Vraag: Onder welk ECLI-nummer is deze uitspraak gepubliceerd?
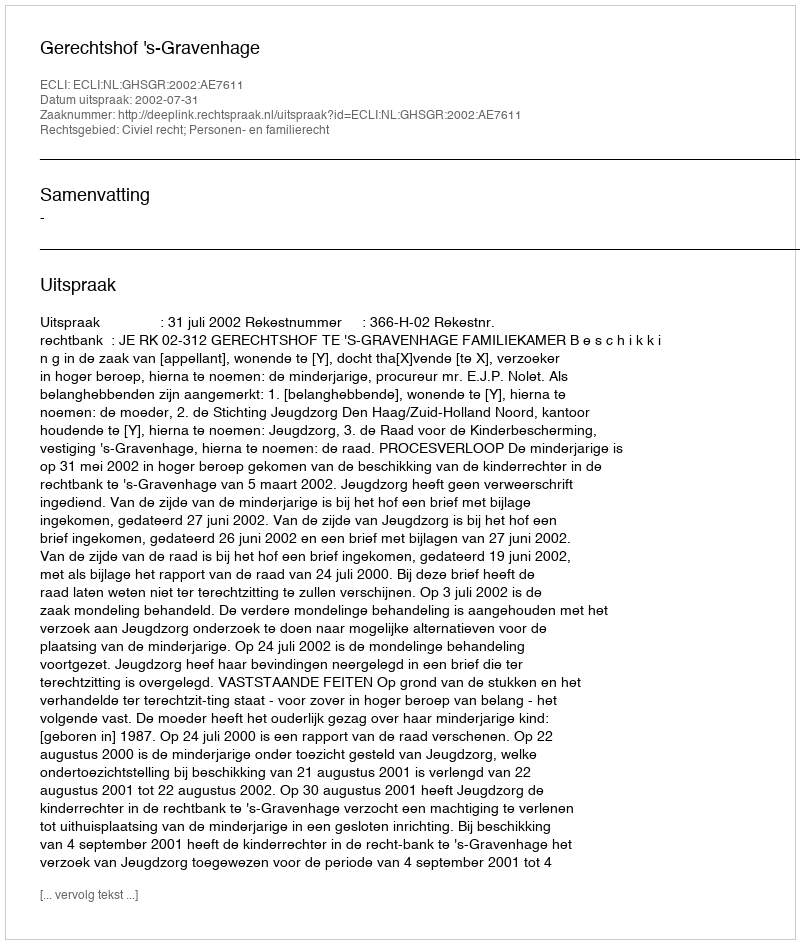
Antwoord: ECLI:NL:GHSGR:2002:AE7611